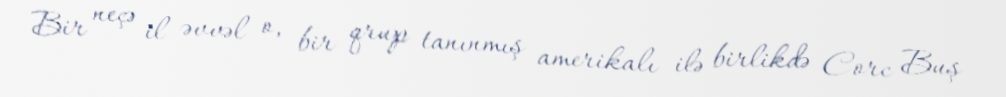
Bir neçə il əvvəl o, bir qrup tanınmış amerikalı ilə birlikdə Corc Buş